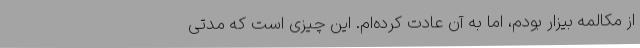
از مکالمه بیزار بودم، اما به آن عادت کرده‌ام. این چیزی است که مدتی